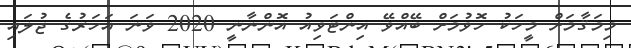
މިމަޤާމަށް މީހަކު ހޮވުމަށް ބޭއްވޭ އިންޓަވިއު އޮންނާނީ 2020 ވަނަ އަހަރުގެ ޖުލައި